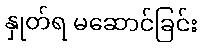
နှုတ်ရ မဆောင်ခြင်း